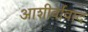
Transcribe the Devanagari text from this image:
आशीर्वावाद